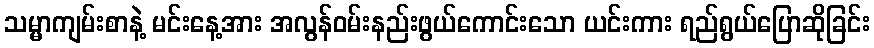
သမ္မာကျမ်းစာနဲ့ မင်းနေ့အား အလွန်ဝမ်းနည်းဖွယ်ကောင်းသော ယင်းကား ရည်ရွယ်ပြောဆိုခြင်း